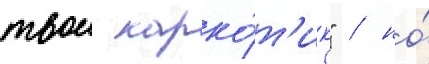
твои нарко́т'ик" / но́